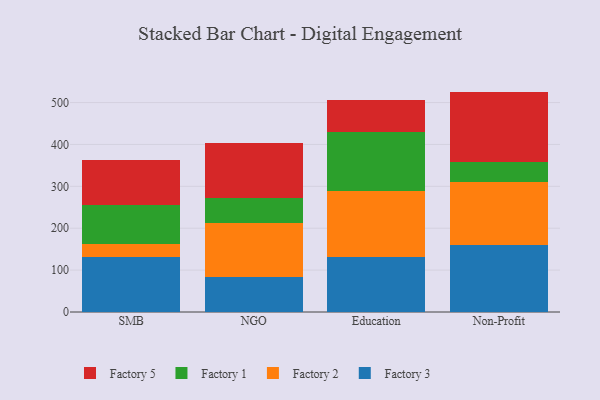
{"axis": {"x": "Segment", "y": "Headcount"}, "legend": ["Factory 1", "Factory 2", "Factory 3", "Factory 5"], "data": [{"x": "SMB", "y": 132.4, "type": "Factory 3"}, {"x": "SMB", "y": 30.9, "type": "Factory 2"}, {"x": "SMB", "y": 92.7, "type": "Factory 1"}, {"x": "SMB", "y": 106.1, "type": "Factory 5"}, {"x": "NGO", "y": 82.9, "type": "Factory 3"}, {"x": "NGO", "y": 129.1, "type": "Factory 2"}, {"x": "NGO", "y": 59.0, "type": "Factory 1"}, {"x": "NGO", "y": 133.6, "type": "Factory 5"}, {"x": "Education", "y": 130.8, "type": "Factory 3"}, {"x": "Education", "y": 157.6, "type": "Factory 2"}, {"x": "Education", "y": 142.0, "type": "Factory 1"}, {"x": "Education", "y": 75.7, "type": "Factory 5"}, {"x": "Non-Profit", "y": 160.0, "type": "Factory 3"}, {"x": "Non-Profit", "y": 150.0, "type": "Factory 2"}, {"x": "Non-Profit", "y": 48.3, "type": "Factory 1"}, {"x": "Non-Profit", "y": 167.9, "type": "Factory 5"}]}